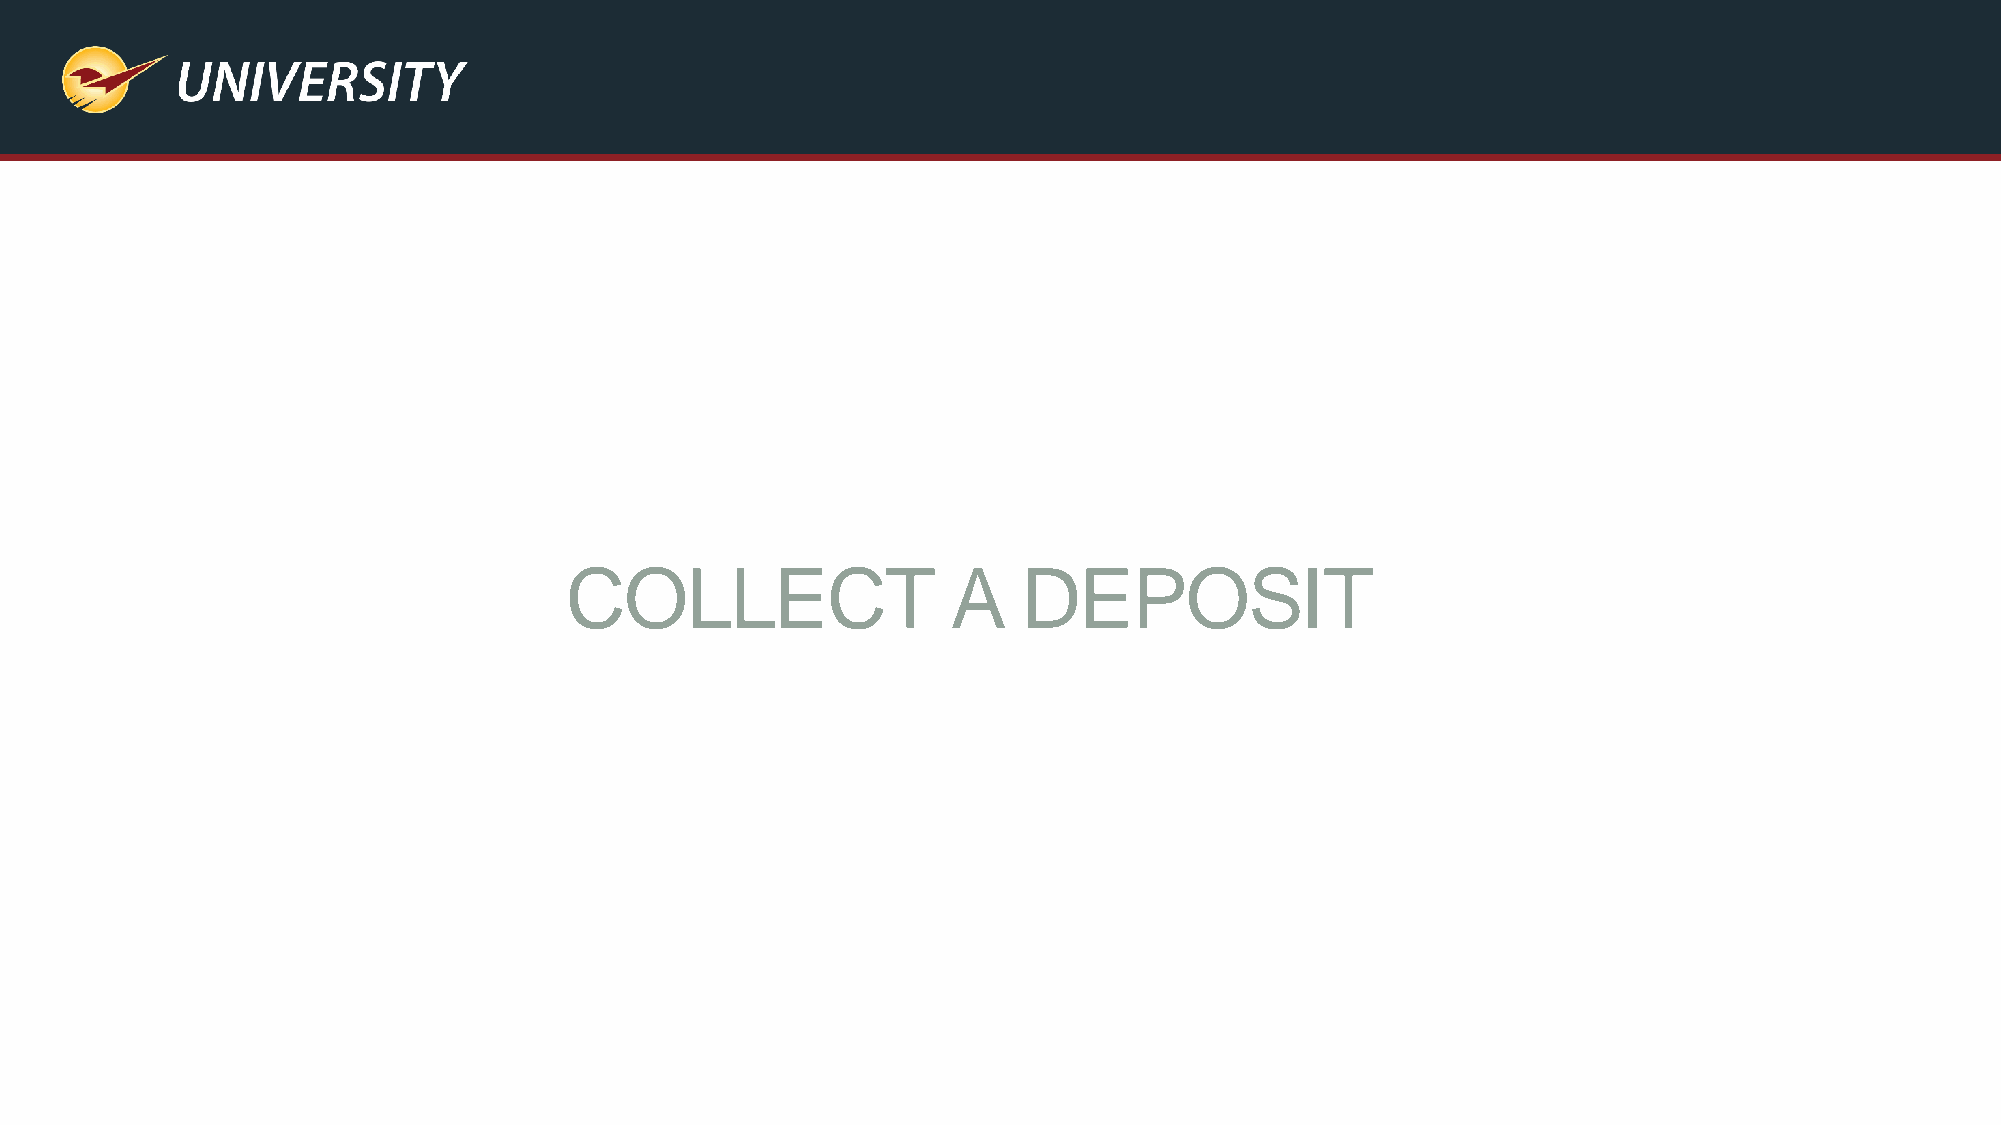
COLLECT                   A    DEPOSIT